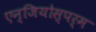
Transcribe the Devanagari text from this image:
एन्जियोस्पर्म